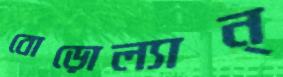
বোড়োল্যান্